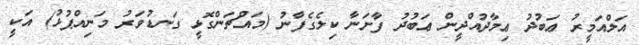
އަލްއަމީރު ޢަބުދު ޢިމާދުއްދީން ޢަބުދު ފާށަނާ ކިލެގެފާނު (މައްޗަންގޮޅީ ގަނޑުވަރު މަނިއްޕުޅު) އަކީ